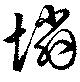
憐